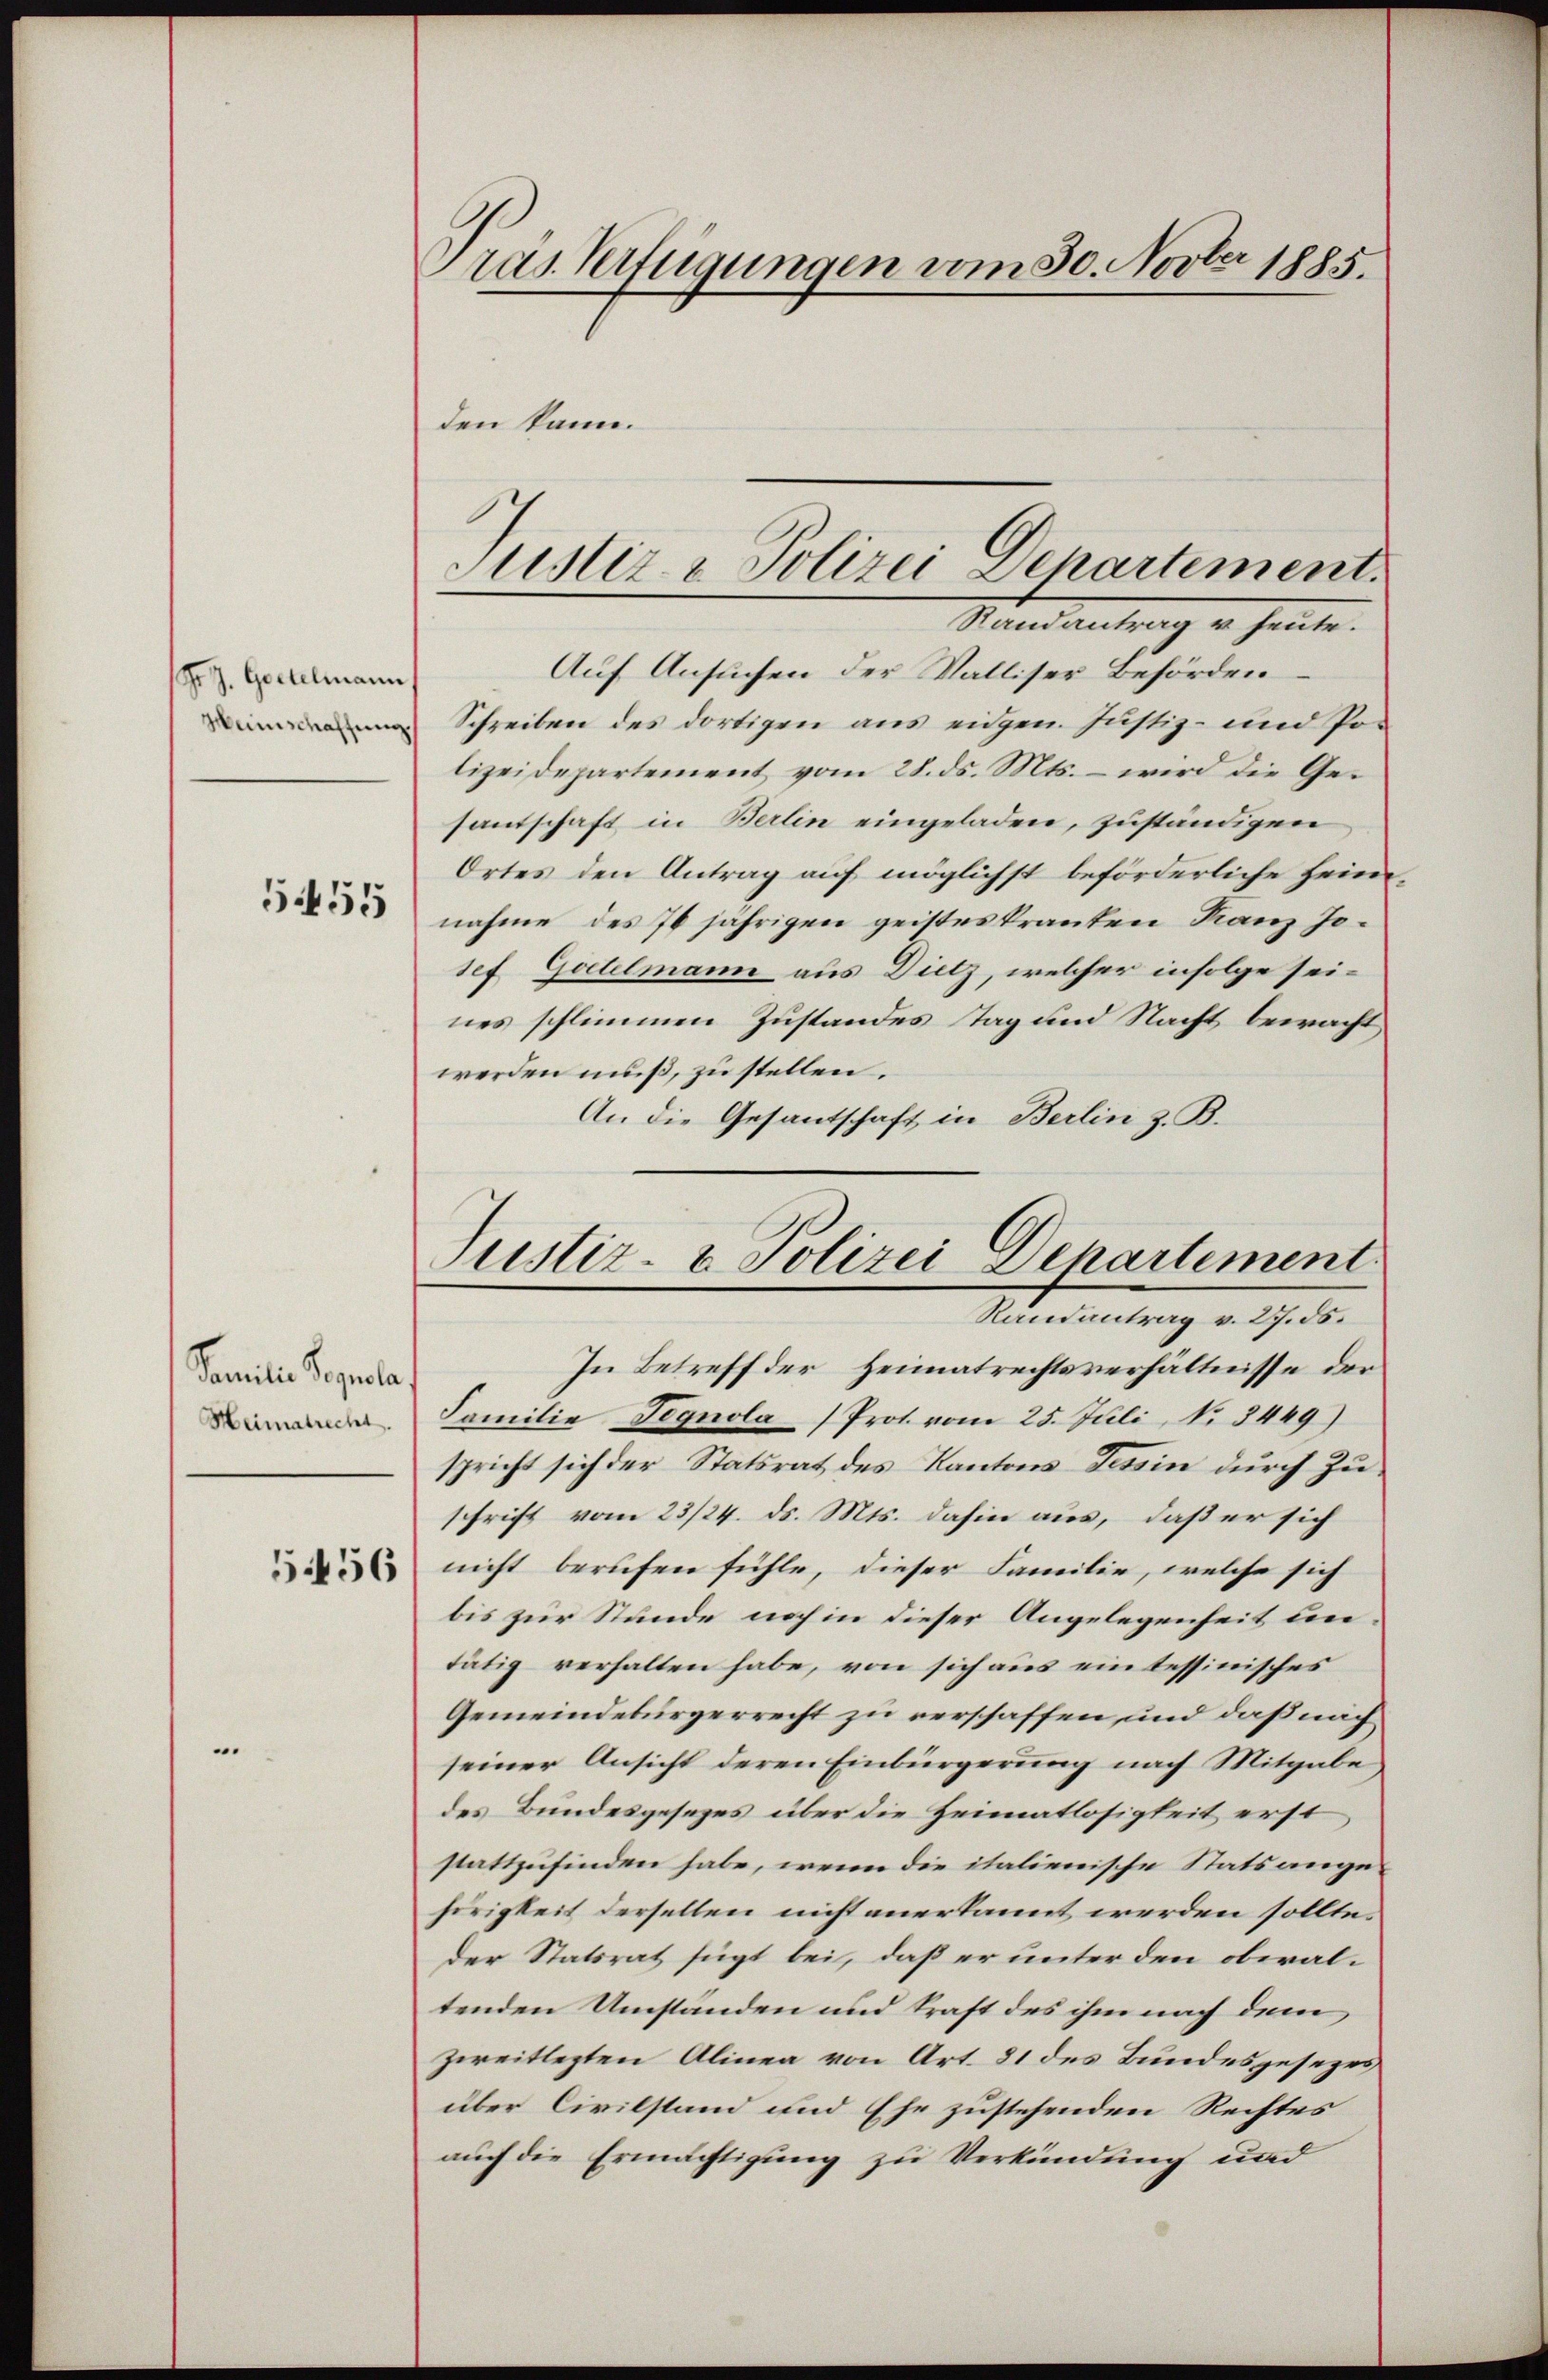
Frs. Goetelmann
Weinschaffung

5455

Familie Popula
Heimatrecht.

54456

ras Verfügungen vom 30. Novber 1885.

Schreiben des dortigen aus eidgen. Justiz- und Polizeidepartement vom 28. ds. Mts. - wird die Ge-
santschaft in Berlin eingeladen, zuständigen
Ortes den Antrag auf möglichst beförderliche Heim
nahme des 70 jährigen geisteskranten Franz Josef Goetelmann aus Dietz, welcher infolge seines schlimmen Zustandes Tag und Nacht bewacht
werden muß, zu stellen.
An die Gesantschaft in Berlin z. B.

den kann.

Justiz & Polizei Departement.
Randantrag u. heute.
Auf Ansuchen der Walliser Behörden

ustiz- & Polizei Departement

Randantrag v. 27. 55.
In Betreff der Heimatrechtsverhältnisse der
Familie Tegnola Prot. vom 25. Juli, No 8449)
spricht sich der Statsrat des Kantons Tessin durch Zuschrift vom 23/24. ds. Mts. dahin aus, daß er sich
nicht berufen fühle, dieser Familie, welche sich
bis zur Stunde noch in dieser Angelegenheit untätig verhalten habe, von sich aus ein tessinisches
Gemeindebürgerrecht zu verschaffen, und daß nach
seiner Ansicht deren Einbürgerung nach Mitgabe
des Bundesgesezes über die Heimatlosigkeit erst
stattzufinden habe, wenn die italienische Statsange-
hörigkeit derselben nicht anerkannt werden sollte.
der Statsrat fügt bei, daß er unter den obwal-
tenden Umständen und kraft des ihm nach dem
zweitlezten Alinea von Art. 81 des Bundesgesezes
über Civilstand und Ehe zustehenden Rechtes
auch die Ermächtigung zu Verkündung und